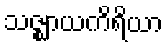
သဇ္ဈာယကိရိယာ